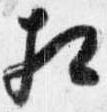
相